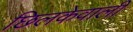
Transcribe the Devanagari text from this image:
छिलकेवाली